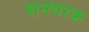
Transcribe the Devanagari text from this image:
शनयरक